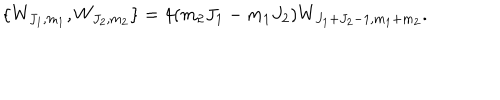
\{ W _ { J _ { 1 } , m _ { 1 } } , W _ { J _ { 2 } , m _ { 2 } } \} = 4 ( m _ { 2 } J _ { 1 } - m _ { 1 } J _ { 2 } ) W _ { J _ { 1 } + J _ { 2 } - 1 , m _ { 1 } + m _ { 2 } } .